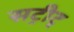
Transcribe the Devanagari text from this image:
सट्रीट्